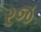
રજ